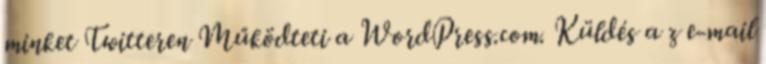
minket Twitteren Működteti a WordPress.com. Küldés a z e-mail